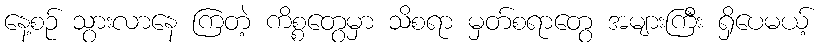
နေ့စဉ် သွားလာနေ ကြတဲ့ ကိစ္စတွေမှာ သိစရာ မှတ်စရာတွေ အများကြီး ရှိပေမယ့်